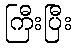
ကြီးပြီး